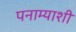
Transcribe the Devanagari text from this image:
पनाम्याशी